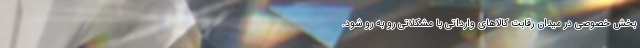
بخش خصوصی در میدان رقابت کالاهای وارداتی با مشکلاتی رو به رو شود.